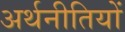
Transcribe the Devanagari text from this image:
अर्थनीतियों